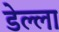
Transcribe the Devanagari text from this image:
डेल्ला